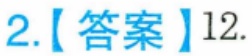
2.【答案】\(12\).